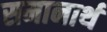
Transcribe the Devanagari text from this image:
समानार्थ